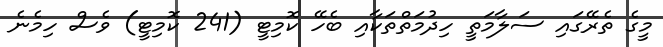
މީގެ ތެރޭގައި ސަލާމަތީ ހިދުމަތްތަކާއި ބެހޭ ކޮމިޓީ (241 ކޮމިޓީ) ވެސް ހިމެނެ